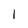
Character: 1